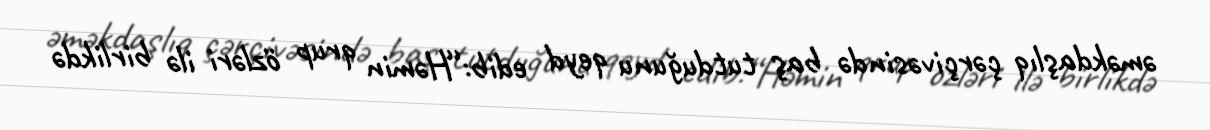
əməkdaşlıq çərçivəsində baş tutduğunu qeyd edib:“Həmin qrup özləri ilə birlikdə